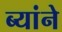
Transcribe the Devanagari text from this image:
ब्यांने